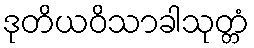
ဒုတိယဝိသာခါသုတ္တံ